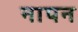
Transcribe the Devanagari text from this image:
नापन